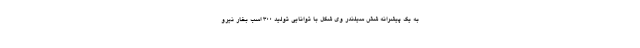
به یک پیشرانه شش سیلندر وی شکل با توانایی تولید 300 اسب بخار نیرو